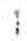
1